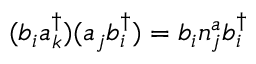
( b _ { i } a _ { k } ^ { \dagger } ) ( a _ { j } b _ { i } ^ { \dagger } ) = b _ { i } n _ { j } ^ { a } b _ { i } ^ { \dagger }